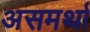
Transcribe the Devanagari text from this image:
असमर्था